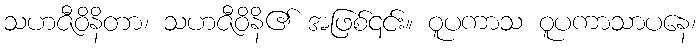
သဟဇီဝိနိတာ၊ သဟဇီဝိနိ၏ အဖြစ်၎င်း။ ဝူပကာသ ဝူပကာသာပနေ၊